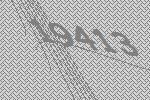
19413